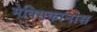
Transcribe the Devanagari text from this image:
मेक्सिकानोस